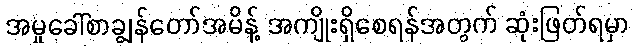
အမှုခေါ်စာချွန်တော်အမိန့် အကျိုးရှိစေရန်အတွက် ဆုံးဖြတ်ရမှာ